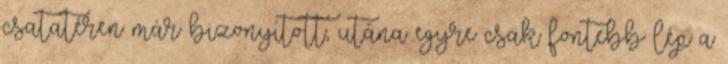
csatatéren már bizonyított, utána egyre csak föntebb lép a